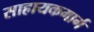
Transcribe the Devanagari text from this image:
साहायकमार्ग